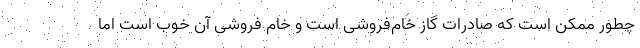
چطور ممکن است که صادرات گاز خام‌فروشی است و خام فروشی آن خوب است اما